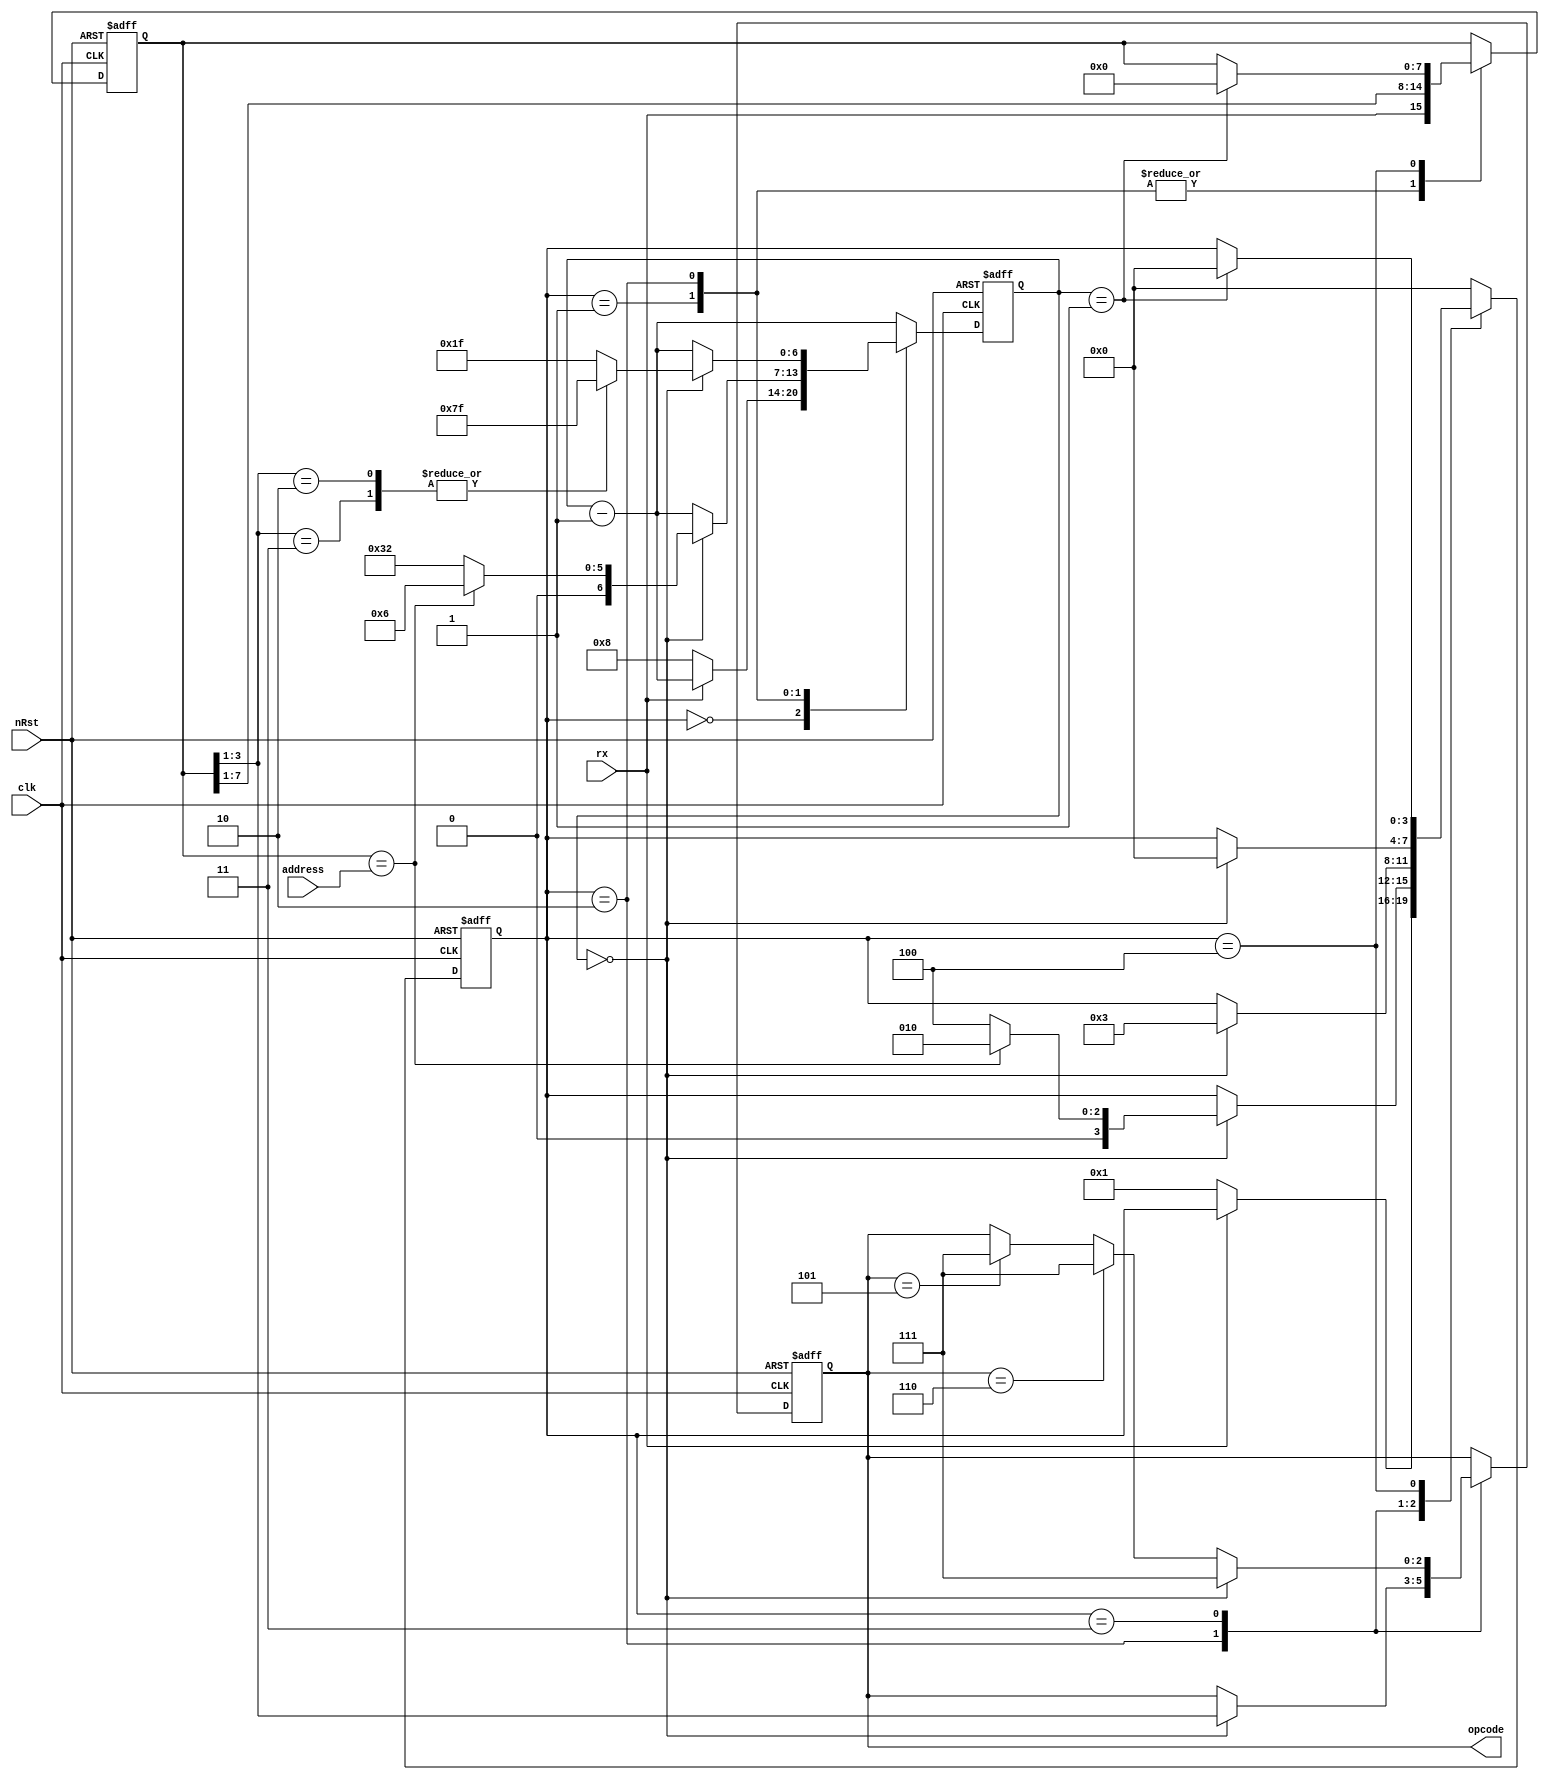
module pctrl(
   input             clk,
   input             nRst,
   input       [7:0] address,
   input             rx,
   output reg  [2:0] opcode
);
   
   // Opcodes
   parameter      OUT_DATA1      = 3'h0,
                  OUT_DATA2      = 3'h1,
                  OUT_RES        = 3'h2,
                  OUT_RES_ADD    = 3'h3,
                  LOAD_RES       = 3'h4,
                  MUL            = 3'h5,
                  MUL_ADD        = 3'h6,
                  NO_OP          = 3'h7;


   // Sates
   parameter      IDLE           = 3'h0,
                  FETCH          = 3'h1,
                  DECODE         = 3'h2,
                  EXECUTE        = 3'h3,
                  WAIT           = 3'h4;
      
   reg      [3:0]    state;
   reg      [7:0]    shifter;
   reg      [6:0]    count;

   always @(posedge clk or negedge nRst) begin
      if (!nRst) begin
         opcode   <= NO_OP; 
         state    <= IDLE;
         shifter  <= 0;
         count    <= 0;
       end else begin
         count <= count - 1'b1;
         case(state) 
            IDLE:       if(!rx) begin
                           count       <= 8;
                           state       <= FETCH;
                        end
            FETCH:      begin
                           shifter     <= {rx,shifter[7:1]}; 
                           if(count == 0)
                              if(shifter == address) begin
                                 count <= 7'd6;
                                 state <= DECODE;
                              end else begin 
                                 count <= 7'd50;
                                 state <= WAIT;
                              end
                        end
            DECODE:     begin
                           shifter     <= {rx,shifter[7:1]}; 
                           if(count == 0) begin
                              opcode   <= shifter[3:1];     // use what's in for op
                              state    <= EXECUTE;
                              case(shifter[3:1])
                                 OUT_RES,
                                 OUT_RES_ADD:   count    <= 7'd127;
                                 default:       count    <= 7'd31;
                              endcase
                           end
                        end


            EXECUTE:    begin
                           if(opcode == MUL)       opcode <= NO_OP;
                           if(opcode == MUL_ADD)   opcode <= NO_OP;
                           if(count == 0) begin 
                              state <= IDLE;
                              opcode <= NO_OP;
                           end
                        end
            WAIT:       begin
                           count <= count - 1'b1;
                           if(count == 1) begin
                              state <= IDLE;
                              shifter <= 0;
                           end 
                        end
            default:    state <= IDLE;
          endcase
       end
   end


endmodule